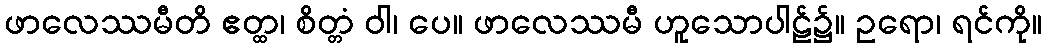
ဖာလေဿမီတိ ဧတ္ထ၊ စိတ္တံ ဝါ၊ ပေ။ ဖာလေဿမီ ဟူသောပါဠ်၌။ ဥရော၊ ရင်ကို။